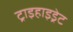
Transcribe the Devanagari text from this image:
ट्राइहाइड्रेट